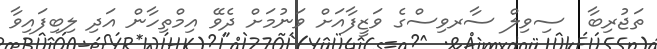
ތަޖުރިބާ  ސިވިލް ސާރވިސްގެ ވަޒީފާއަށް ވަނުމަށް ދެވޭ އިމްތިހާން އަދި ލިބިފައިވާ